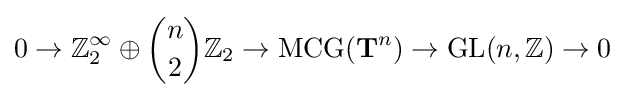
0\to \mathbb {Z} _{2}^{\infty }\oplus {\binom {n}{2}}\mathbb {Z} _{2}\to \operatorname {MCG} (\mathbf {T} ^{n})\to \operatorname {GL} (n,\mathbb {Z} )\to 0